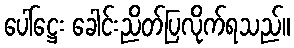
ပေါ်ဋ္ဌေး ခေါင်းညိတ်ပြလိုက်ရသည်။